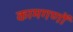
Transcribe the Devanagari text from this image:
कामगणों